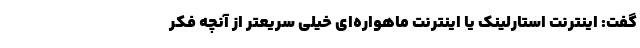
گفت: اینترنت استارلینک یا اینترنت ماهواره‌ای خیلی سریعتر از آنچه فکر